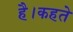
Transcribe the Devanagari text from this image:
है।कहते